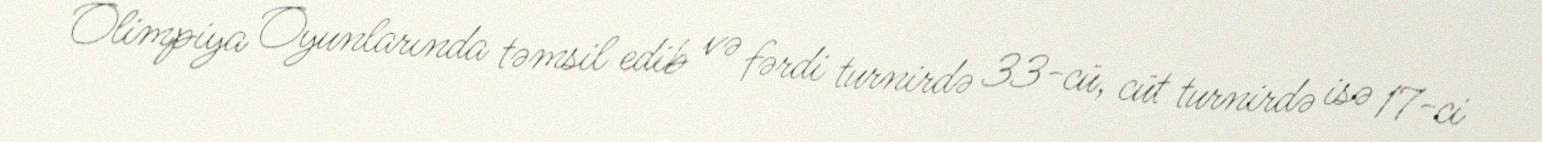
Olimpiya Oyunlarında təmsil edib və fərdi turnirdə 33-cü, cüt turnirdə isə 17-ci